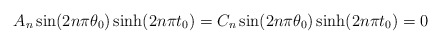
\begin{align*}\begin{aligned}A_n \sin(2n\pi\theta_0)\sinh(2n\pi t_0)=C_n \sin(2n\pi\theta_0)\sinh(2n\pi t_0)=0\end{aligned}\end{align*}